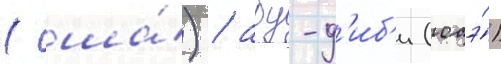
(сша́) / абу-д'иб'и (оаэ́)